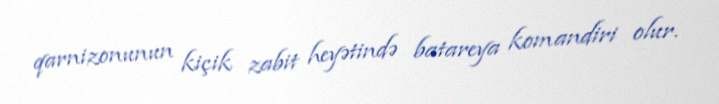
qarnizonunun kiçik zabit heyətində batareya komandiri olur.